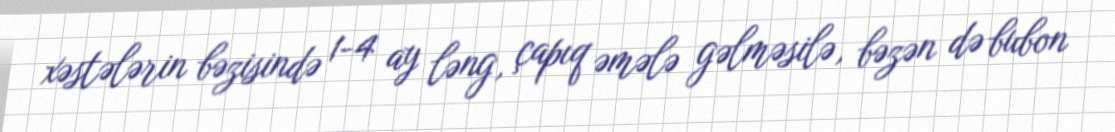
xəstələrin bəzisində 1-4 ay ləng, çapıq əmələ gəlməsilə, bəzən də bubon